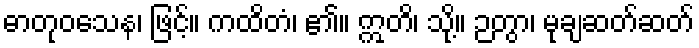
ဓာတုဝသေန၊ ဖြင့်။ ကထိတံ၊ ၏။ ဣတိ၊ သို့။ ဉတွာ၊ မုချဆတ်ဆတ်